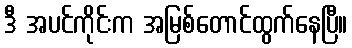
ဒီ အပင်ကိုင်းက အမြစ်တောင်ထွက်နေပြီ။